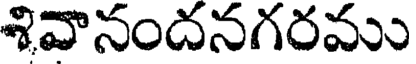
శివానందనగరము